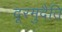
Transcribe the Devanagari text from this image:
दूरमुदैति